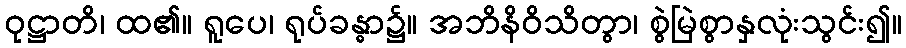
ဝုဋ္ဌာတိ၊ ထ၏။ ရူပေ၊ ရုပ်ခန္ဓာ၌။ အဘိနိဝိသိတွာ၊ စွဲမြဲစွာနှလုံးသွင်း၍။